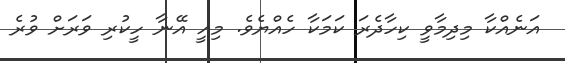
އަނެއްކާ މިދިމާވީ ކިހާދެރަ ކަމަކާ ހެއްޔެވެ. މިއީ އޭނާ ހީކުރި ވަރަށް ވުރެ